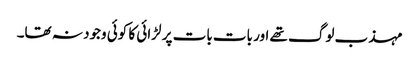
مہذب لوگ تھے اور بات بات پر لڑائی کا کوئی وجود نہ تھا۔